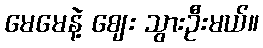
မေမေနဲ့ ဈေး သွားဦးမယ်။